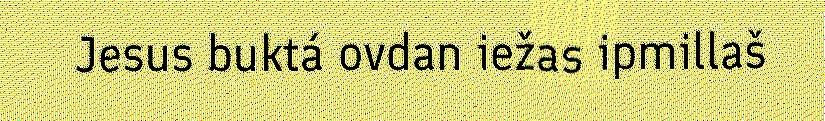
Jesus buktá ovdan iežas ipmillaš